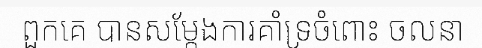
ពួកគេ បានសម្តែងការគាំទ្រចំពោះ ចលនា